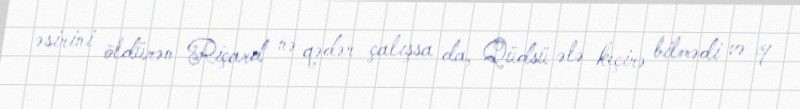
əsirini öldürən Riçard nə qədər çalışsa da, Qüdsü ələ keçirə bilmədi və 9